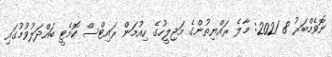
ނޮވެމްބަރު 8 2021: މާލެ ރައްޔިތުންގެ މަޖިލީހުގެ ހިއުމަން ރައިޓްސް ކޮމެޓީ ބައްދަލުވުމުގައި